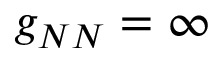
g _ { N N } = \infty